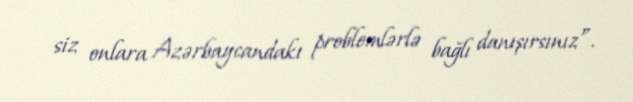
siz onlara Azərbaycandakı problemlərlə bağlı danışırsınız”.